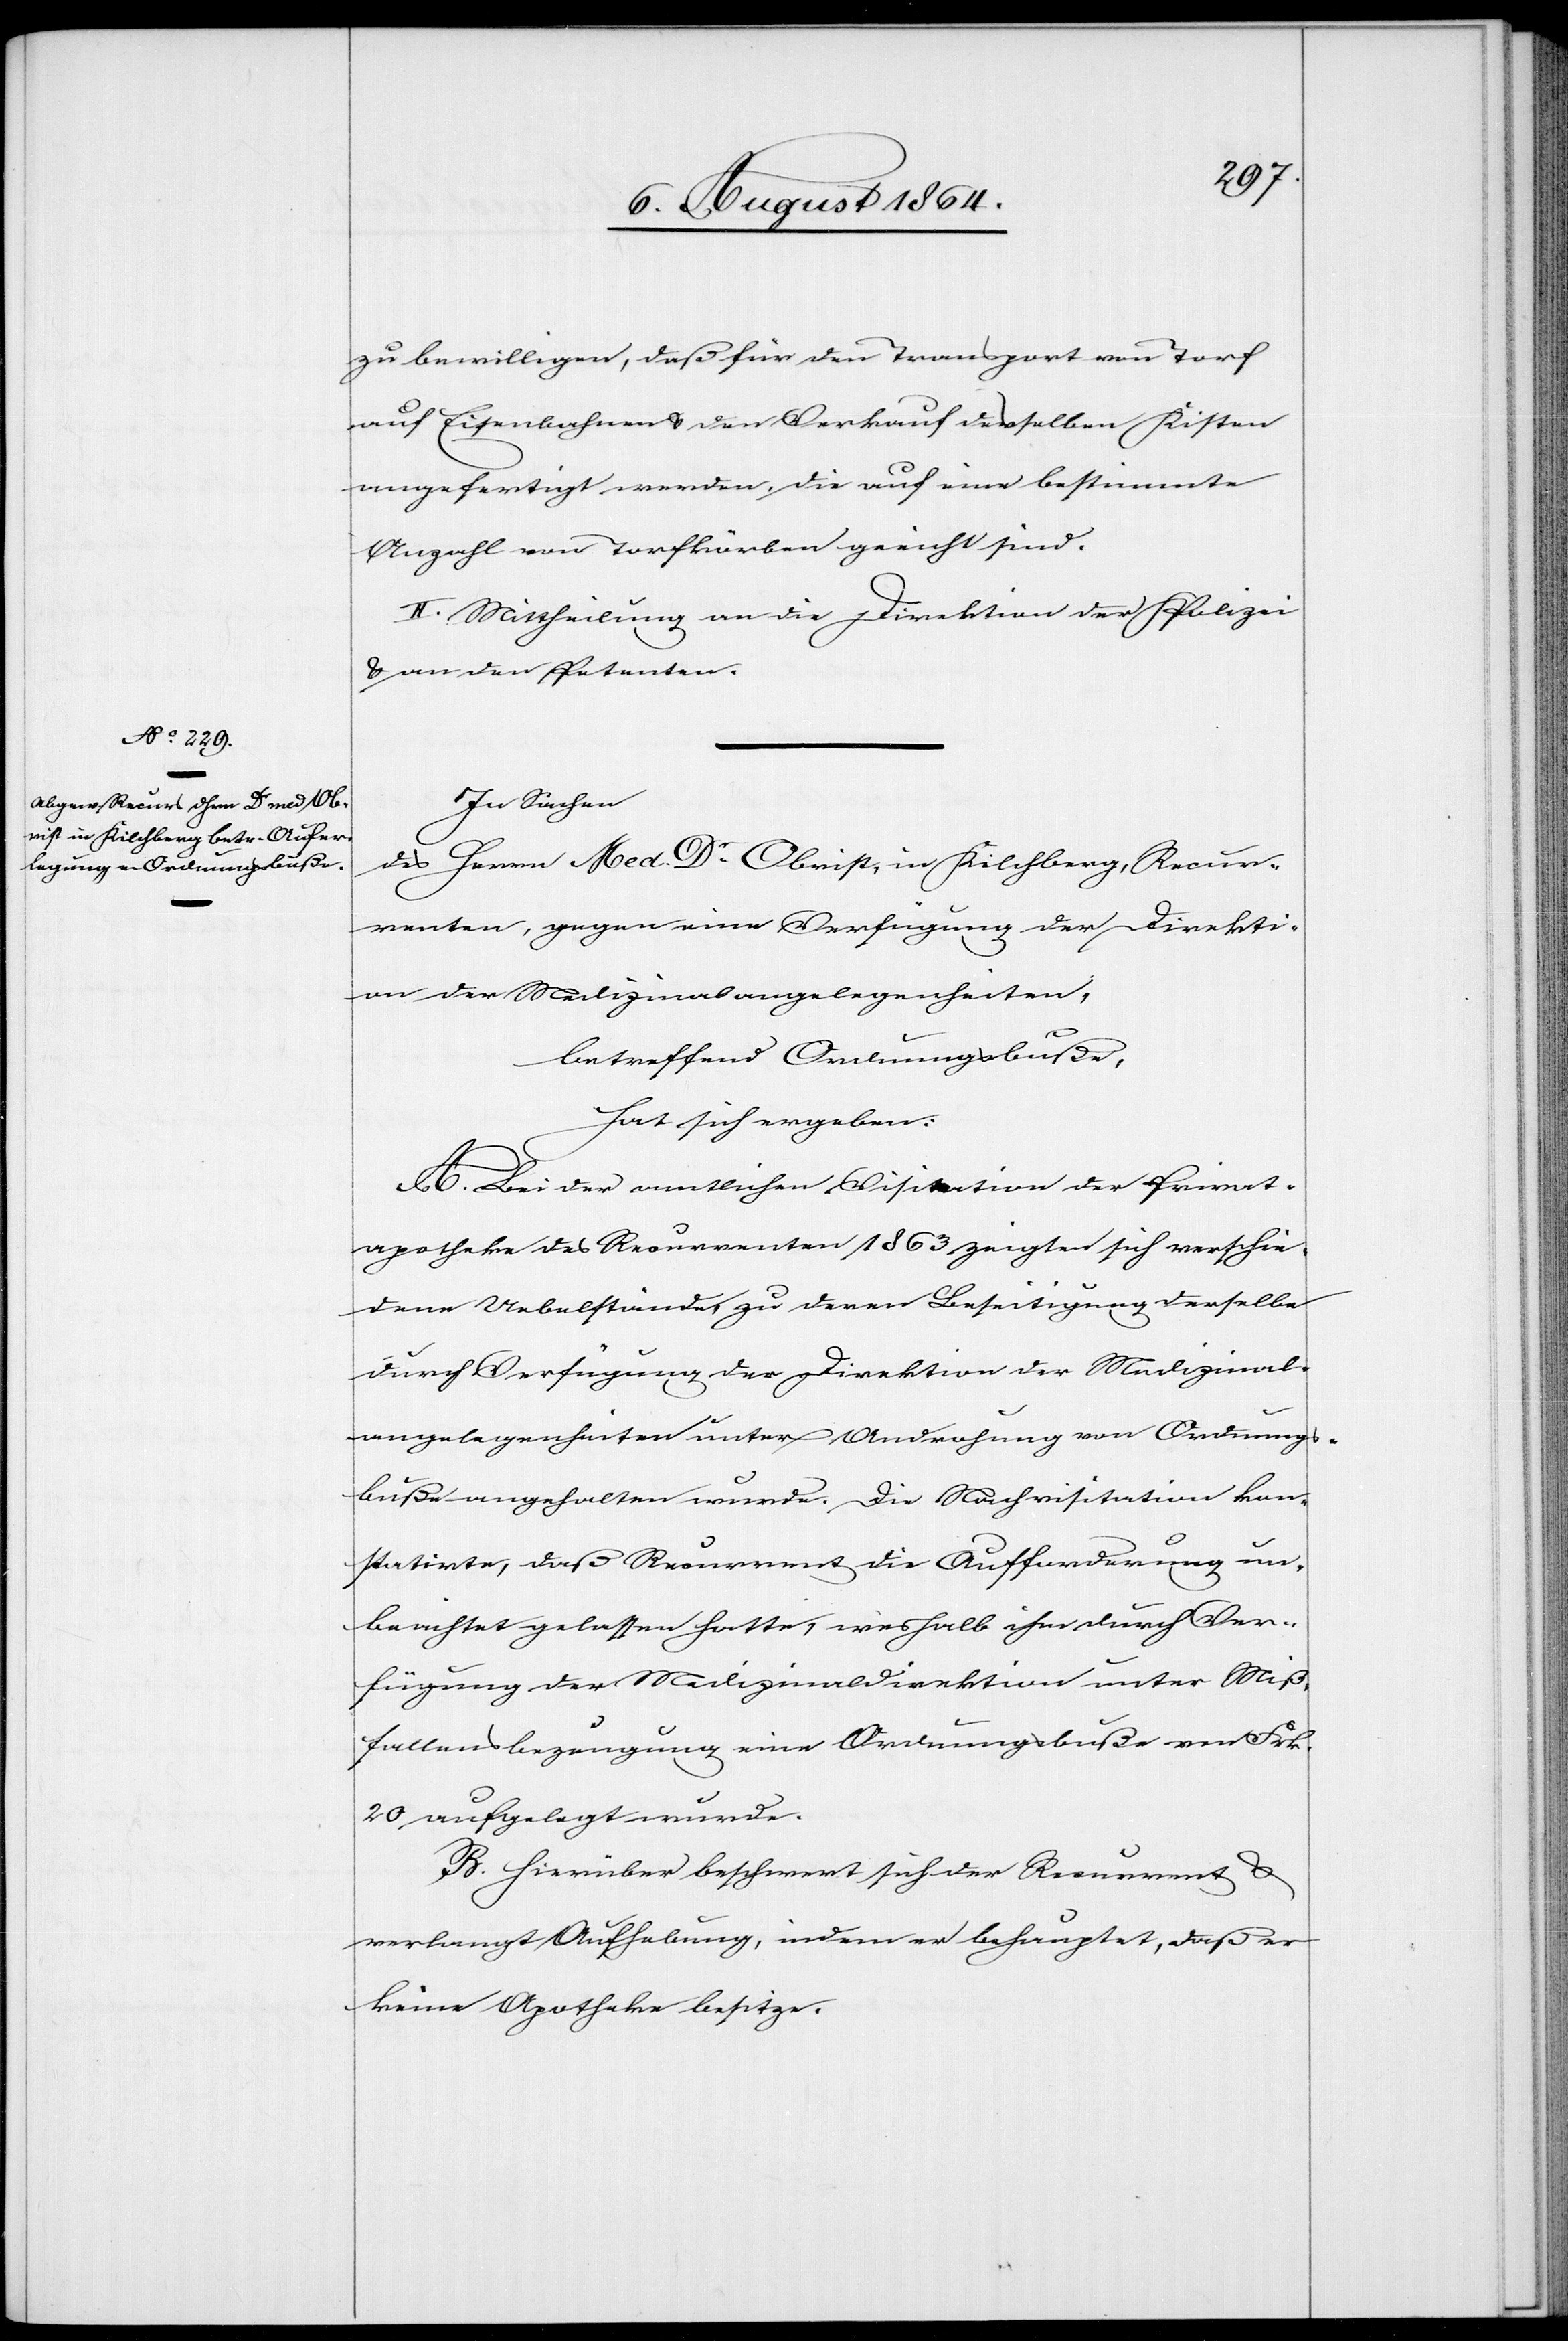
zu bewilligen, daß für den Transport von Torf
auf Eisenbahnen & den Verkauf desselben Kisten
angefertigt werden, die auf eine bestimmte
Anzahl von Torfkörben geeicht sind.
II. Mittheilung an die Direktion der Polizei
& an den Petenten.
In Sachen
des Herrn Med. Dr. Obrist, in Kilchberg, Recur¬
renten, gegen eine Verfügung der Direkti¬
on der Medizinalangelegenheiten,
betreffend Ordnungsbuße,
hat sich ergeben:
A. Bei der amtlichen Visitation der Privat¬
apotheke des Recurrenten 1863 zeigten sich verschie¬
dene Uebelstände, zu deren Beseitigung derselbe
durch Verfügung der Direktion der Medizinal¬
angelegenheiten unter Androhung von Ordnungs¬
buße angehalten wurde. Die Nachvisitation kon¬
statirte, daß Recurrent die Aufforderung un¬
berichtet gelassen hatte, weshalb ihm durch Ver¬
fügung der Medizinaldirektion unter Miß¬
fallensbezeugung eine Ordnungsbuße von Frk.
20 auferlegt wurde.
B. Hierüber beschwert sich der Recurrent &
verlangt Aufhebung, indem er behauptet, daß er
keine Apotheke besitze.